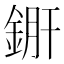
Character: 𨧠